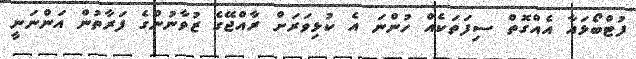
ފުޓްބޯޅައާ އެއްގޮތް ސިފަތަކެއް ހުންނަ އެ ކުޅިވަރަށް ރާއްޖޭގެ ޒުވާނުންގެ ފަރާތުން އަންނަނީ